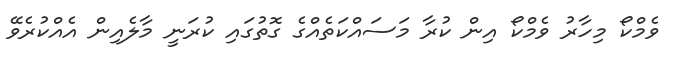
ވެމްކޯ މިހާރު ވެމްކޯ އިން ކުރާ މަސައްކަތެއްގެ ގޮތުގައި ކުރަނީ މާލެއިން އެއްކުރެވޭ